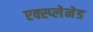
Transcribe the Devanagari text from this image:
एक्स्प्लेनेड